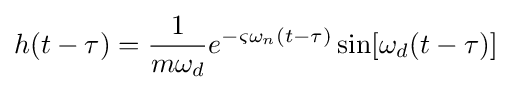
h(t-\tau )={\frac {1}{m\omega _{d}}}e^{-\varsigma \omega _{n}(t-\tau )}\sin[\omega _{d}(t-\tau )]